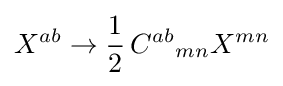
X^{ab}\rightarrow {\frac {1}{2}}\,{C^{ab}}_{mn}X^{mn}